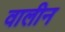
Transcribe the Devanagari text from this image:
वालीन